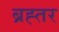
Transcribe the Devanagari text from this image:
ब्रह्तर